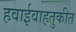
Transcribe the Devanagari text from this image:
हवाईवाहतुकीत